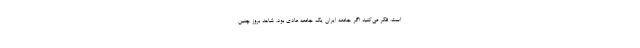
است. فکر می‌کنید اگر جامعه ایران یک جامعه عادی بود، شاهد بروز چنین